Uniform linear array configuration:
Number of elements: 4
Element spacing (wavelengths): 0.75
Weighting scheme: kaiser
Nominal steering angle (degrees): -60
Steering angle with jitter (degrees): -61.653
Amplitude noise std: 0.05
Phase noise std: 0.05

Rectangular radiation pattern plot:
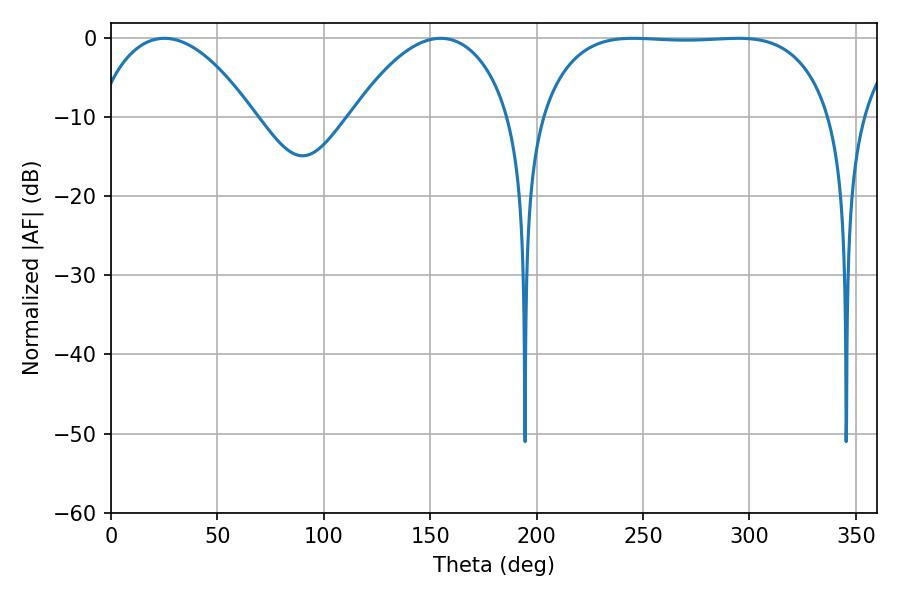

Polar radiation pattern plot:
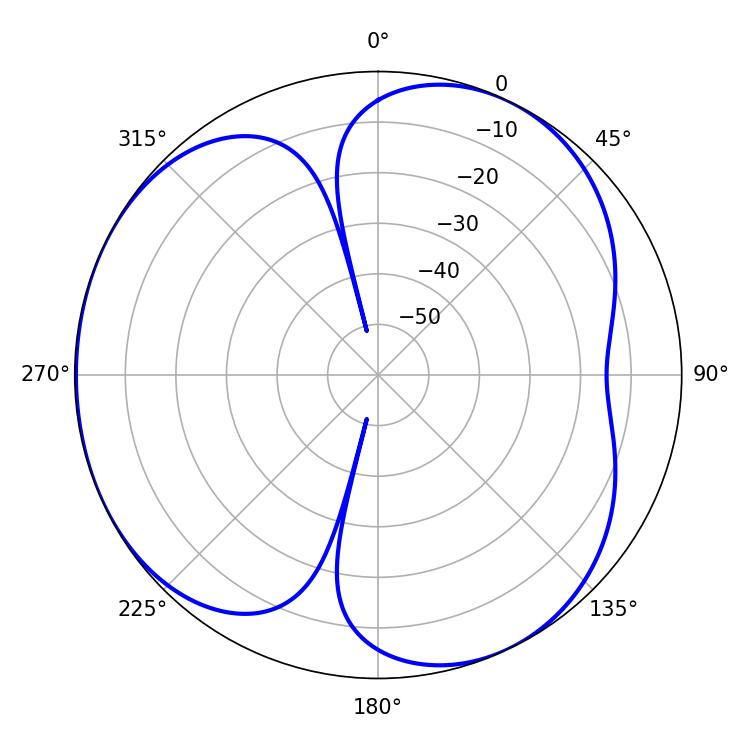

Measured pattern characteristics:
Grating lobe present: TRUE
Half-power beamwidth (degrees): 106.92
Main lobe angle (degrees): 245.34